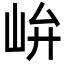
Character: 峅